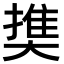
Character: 𡙱